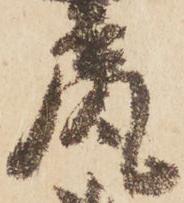
尻